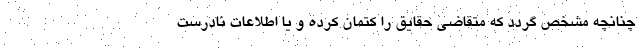
چنانچه مشخص گردد که متقاضی حقایق را کتمان کرده و یا اطلاعات نادرست